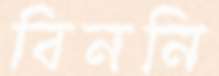
বিননি